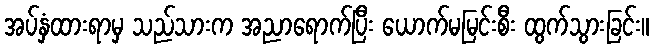
အပ်နှံထားရာမှ သည်သားက အညာရောက်ပြီး ယောက်မမြင်းစီး ထွက်သွားခြင်း။